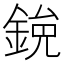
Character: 𫒯